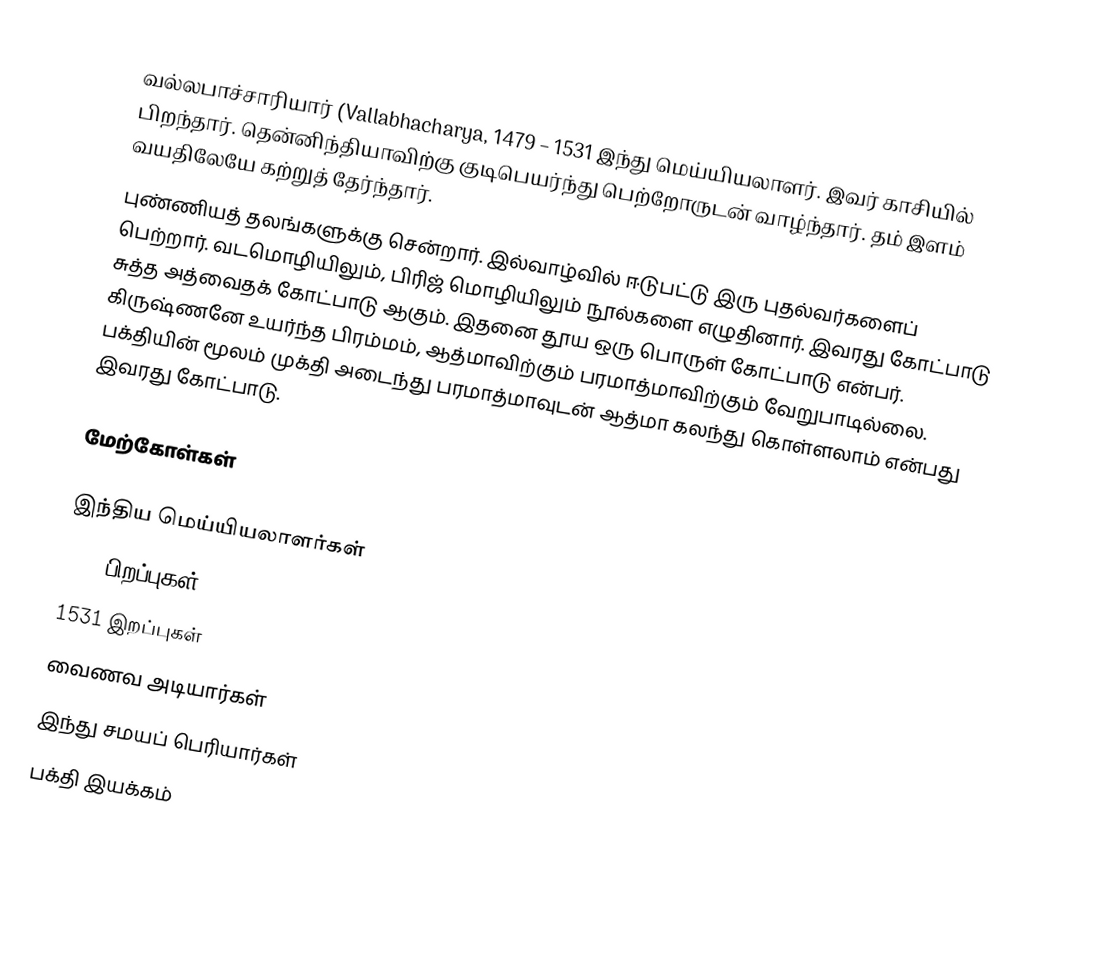
வல்லபாச்சாரியார் (Vallabhacharya, 1479 – 1531 இந்து மெய்யியலாளர். இவர் காசியில் பிறந்தார். தென்னிந்தியாவிற்கு குடிபெயர்ந்து பெற்றோருடன் வாழ்ந்தார். தம் இளம் வயதிலேயே கற்றுத் தேர்ந்தார்.
புண்ணியத் தலங்களுக்கு சென்றார். இல்வாழ்வில் ஈடுபட்டு இரு புதல்வர்களைப் பெற்றார். வடமொழியிலும், பிரிஜ் மொழியிலும் நூல்களை எழுதினார். இவரது கோட்பாடு சுத்த அத்வைதக் கோட்பாடு ஆகும். இதனை தூய ஒரு பொருள் கோட்பாடு என்பர். கிருஷ்ணனே உயர்ந்த பிரம்மம், ஆத்மாவிற்கும் பரமாத்மாவிற்கும் வேறுபாடில்லை. பக்தியின் மூலம் முக்தி அடைந்து பரமாத்மாவுடன் ஆத்மா கலந்து கொள்ளலாம் என்பது இவரது கோட்பாடு.

மேற்கோள்கள்

இந்திய மெய்யியலாளர்கள்
1479 பிறப்புகள்
1531 இறப்புகள்
வைணவ அடியார்கள்
இந்து சமயப் பெரியார்கள்
பக்தி இயக்கம்